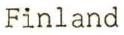
Finland